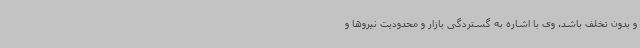
و بدون تخلف باشد. وی با اشاره به گستردگی بازار و محدودیت نیروها و